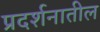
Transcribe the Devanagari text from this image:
प्रदर्शनातील